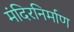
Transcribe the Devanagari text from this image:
मंदिरनिर्माण